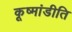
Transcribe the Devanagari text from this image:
कूष्मांडीति